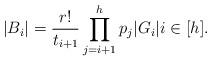
LaTeX: \begin{align*}|B_i|= \frac{r!}{t_{i+1}} \prod_{j=i+1}^h p_j |G_i| i\in[h].\end{align*}